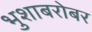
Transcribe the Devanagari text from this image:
भुशाबरोबर